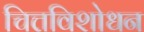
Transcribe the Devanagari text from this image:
चित्तविशोधन